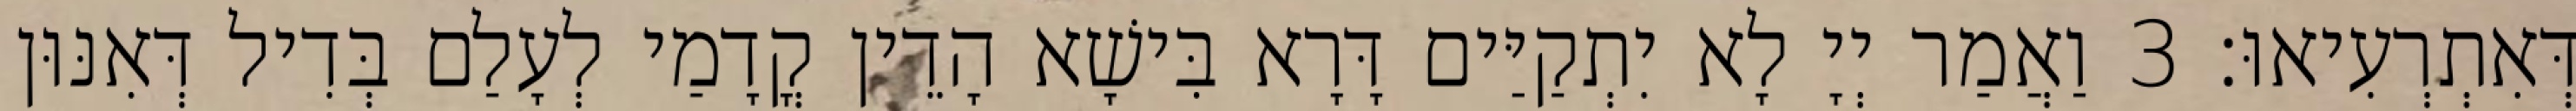
דְּאִתְרְעִיאוּ׃ 3 וַאֲמַר יְיָ לָא יִתְקַיַּים דָּרָא בִּישָׁא הָדֵין קֳדָמַי לְעָלַם בְּדִיל דְּאִנּוּן